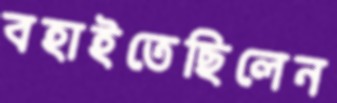
বহাইতেছিলেন